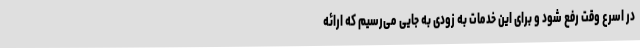
در اسرع وقت رفع شود و برای این خدمات به زودی به جایی می‌رسیم که ارائه